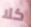
كلا